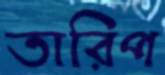
তারিপ